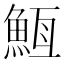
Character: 𮫵